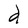
Character: d